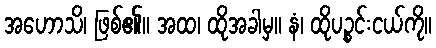
အဟောသိ၊ ဖြစ်၏။ အထ၊ ထိုအခါမှ။ နံ၊ ထိုပဉ္စင်းငယ်ကို။